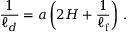
\frac { 1 } { \ell _ { d } } = a \left( 2 H + \frac { 1 } { \ell _ { \mathrm { f } } } \right) \, .